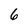
Character: 6